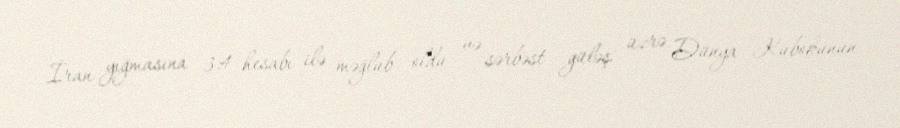
İran yığmasına 3:4 hesabı ilə məğlub oldu və sərbəst güləş üzrə Dünya Kubokunun